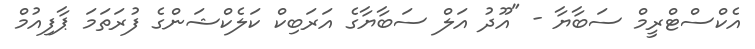
އެކްސްޓްރީމް ސަބާޔާ - "އޫދު އަލް ސަބާޔާގެ އަރަބިކް ކަލެކްޝަންގެ ފުރަތަމަ ޕާފިއުމް